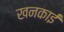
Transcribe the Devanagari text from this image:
खनकाई